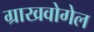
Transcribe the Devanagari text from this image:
ग्राखवोगेल